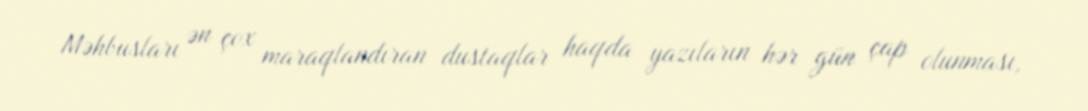
Məhbusları ən çox maraqlandıran dustaqlar haqda yazıların hər gün çap olunması,